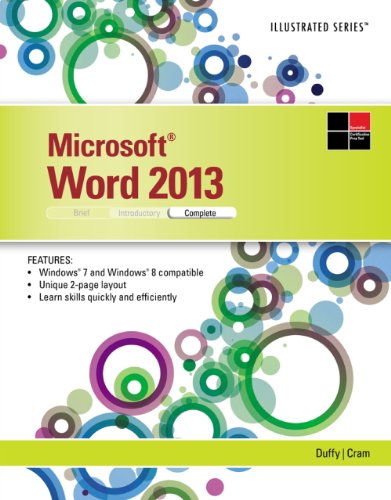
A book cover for Microsoft Word 2013: Illustrated Complete; Jennifer Duffy; Computers & Technology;